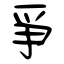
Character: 爭